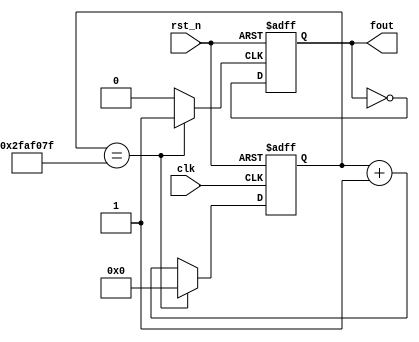
`timescale 1ns / 1ps
//////////////////////////////////////////////////////////////////////////////////
// Company: 
// Engineer: 
// 
// Design Name: 
// Module Name: lab3_2
// Project Name: 
// Target Devices: 
// Tool Versions: 
// Description: 
// 
// Dependencies: 
// 
// Revision:
// Revision 0.01 - File Created
// Additional Comments:
// 
//////////////////////////////////////////////////////////////////////////////////


module lab3_2(
fout, // divided clock output
clk, // global clock input
rst_n // active low reset
);
output fout; // divided output
input clk; // global clock input
input rst_n; // active low reset
reg [26:0] cnt_tmp,cnt;
reg clk_tmp,s_cnt,s_cnt_tmp; // input to dff (in always block)
always @(cnt)
    if(cnt == 49999999) cnt_tmp <= 0;
    else cnt_tmp <= cnt + 27'd1;
//clk_temp 0.5s
always @(cnt)
    if(cnt == 49999999) clk_tmp <= 1;
    else clk_tmp <= 0;
        
always @(s_cnt)
    s_cnt_tmp <= ~s_cnt ;  
        
assign fout = s_cnt;
       
//Flip flop with 0.5s freq
always @(posedge clk_tmp or negedge rst_n)
    if (~rst_n) s_cnt <= 0;
    else s_cnt <= s_cnt_tmp;                    
// Flip flops
always @(posedge clk or negedge rst_n)
    if (~rst_n) cnt <= 27'b0;
    else cnt <= cnt_tmp;

endmodule